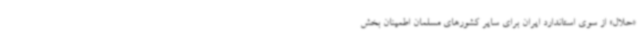
«حلال» از سوی استاندارد ایران برای سایر کشورهای مسلمان اطمینان بخش